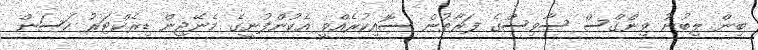
ބިން ލިބުނު ވިންގްސް ސާވިސްގެ ފަރާތުން ސޮއިކުރެއްވީ އެކުންފުނީގެ މެނޭޖިން ޑިރެކްޓަރު ހަސަން